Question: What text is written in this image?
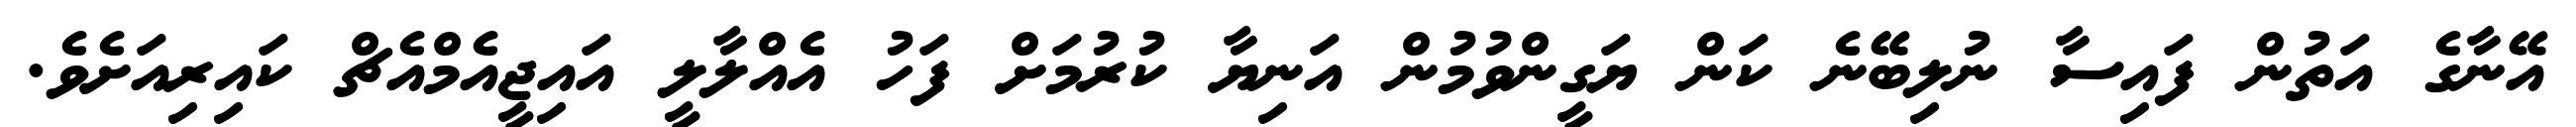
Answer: އޭނާގެ އަތުން ފައިސާ ނުލިބޭނެ ކަން ޔަގީންވުމުން އަނިޔާ ކުރުމަށް ފަހު އެއްލާލީ އައިޖީއެމްއެޗް ކައިރިއަށެވެ.